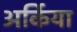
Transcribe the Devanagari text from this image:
अर्किया